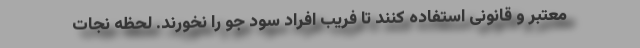
معتبر و قانونی استفاده کنند تا فریب افراد سود جو را نخورند. لحظه نجات